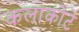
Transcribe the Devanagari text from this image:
कलाकोटे